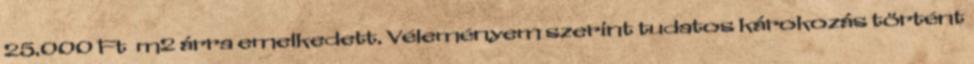
25.000 Ft m2 árra emelkedett. Véleményem szerint tudatos károkozás történt